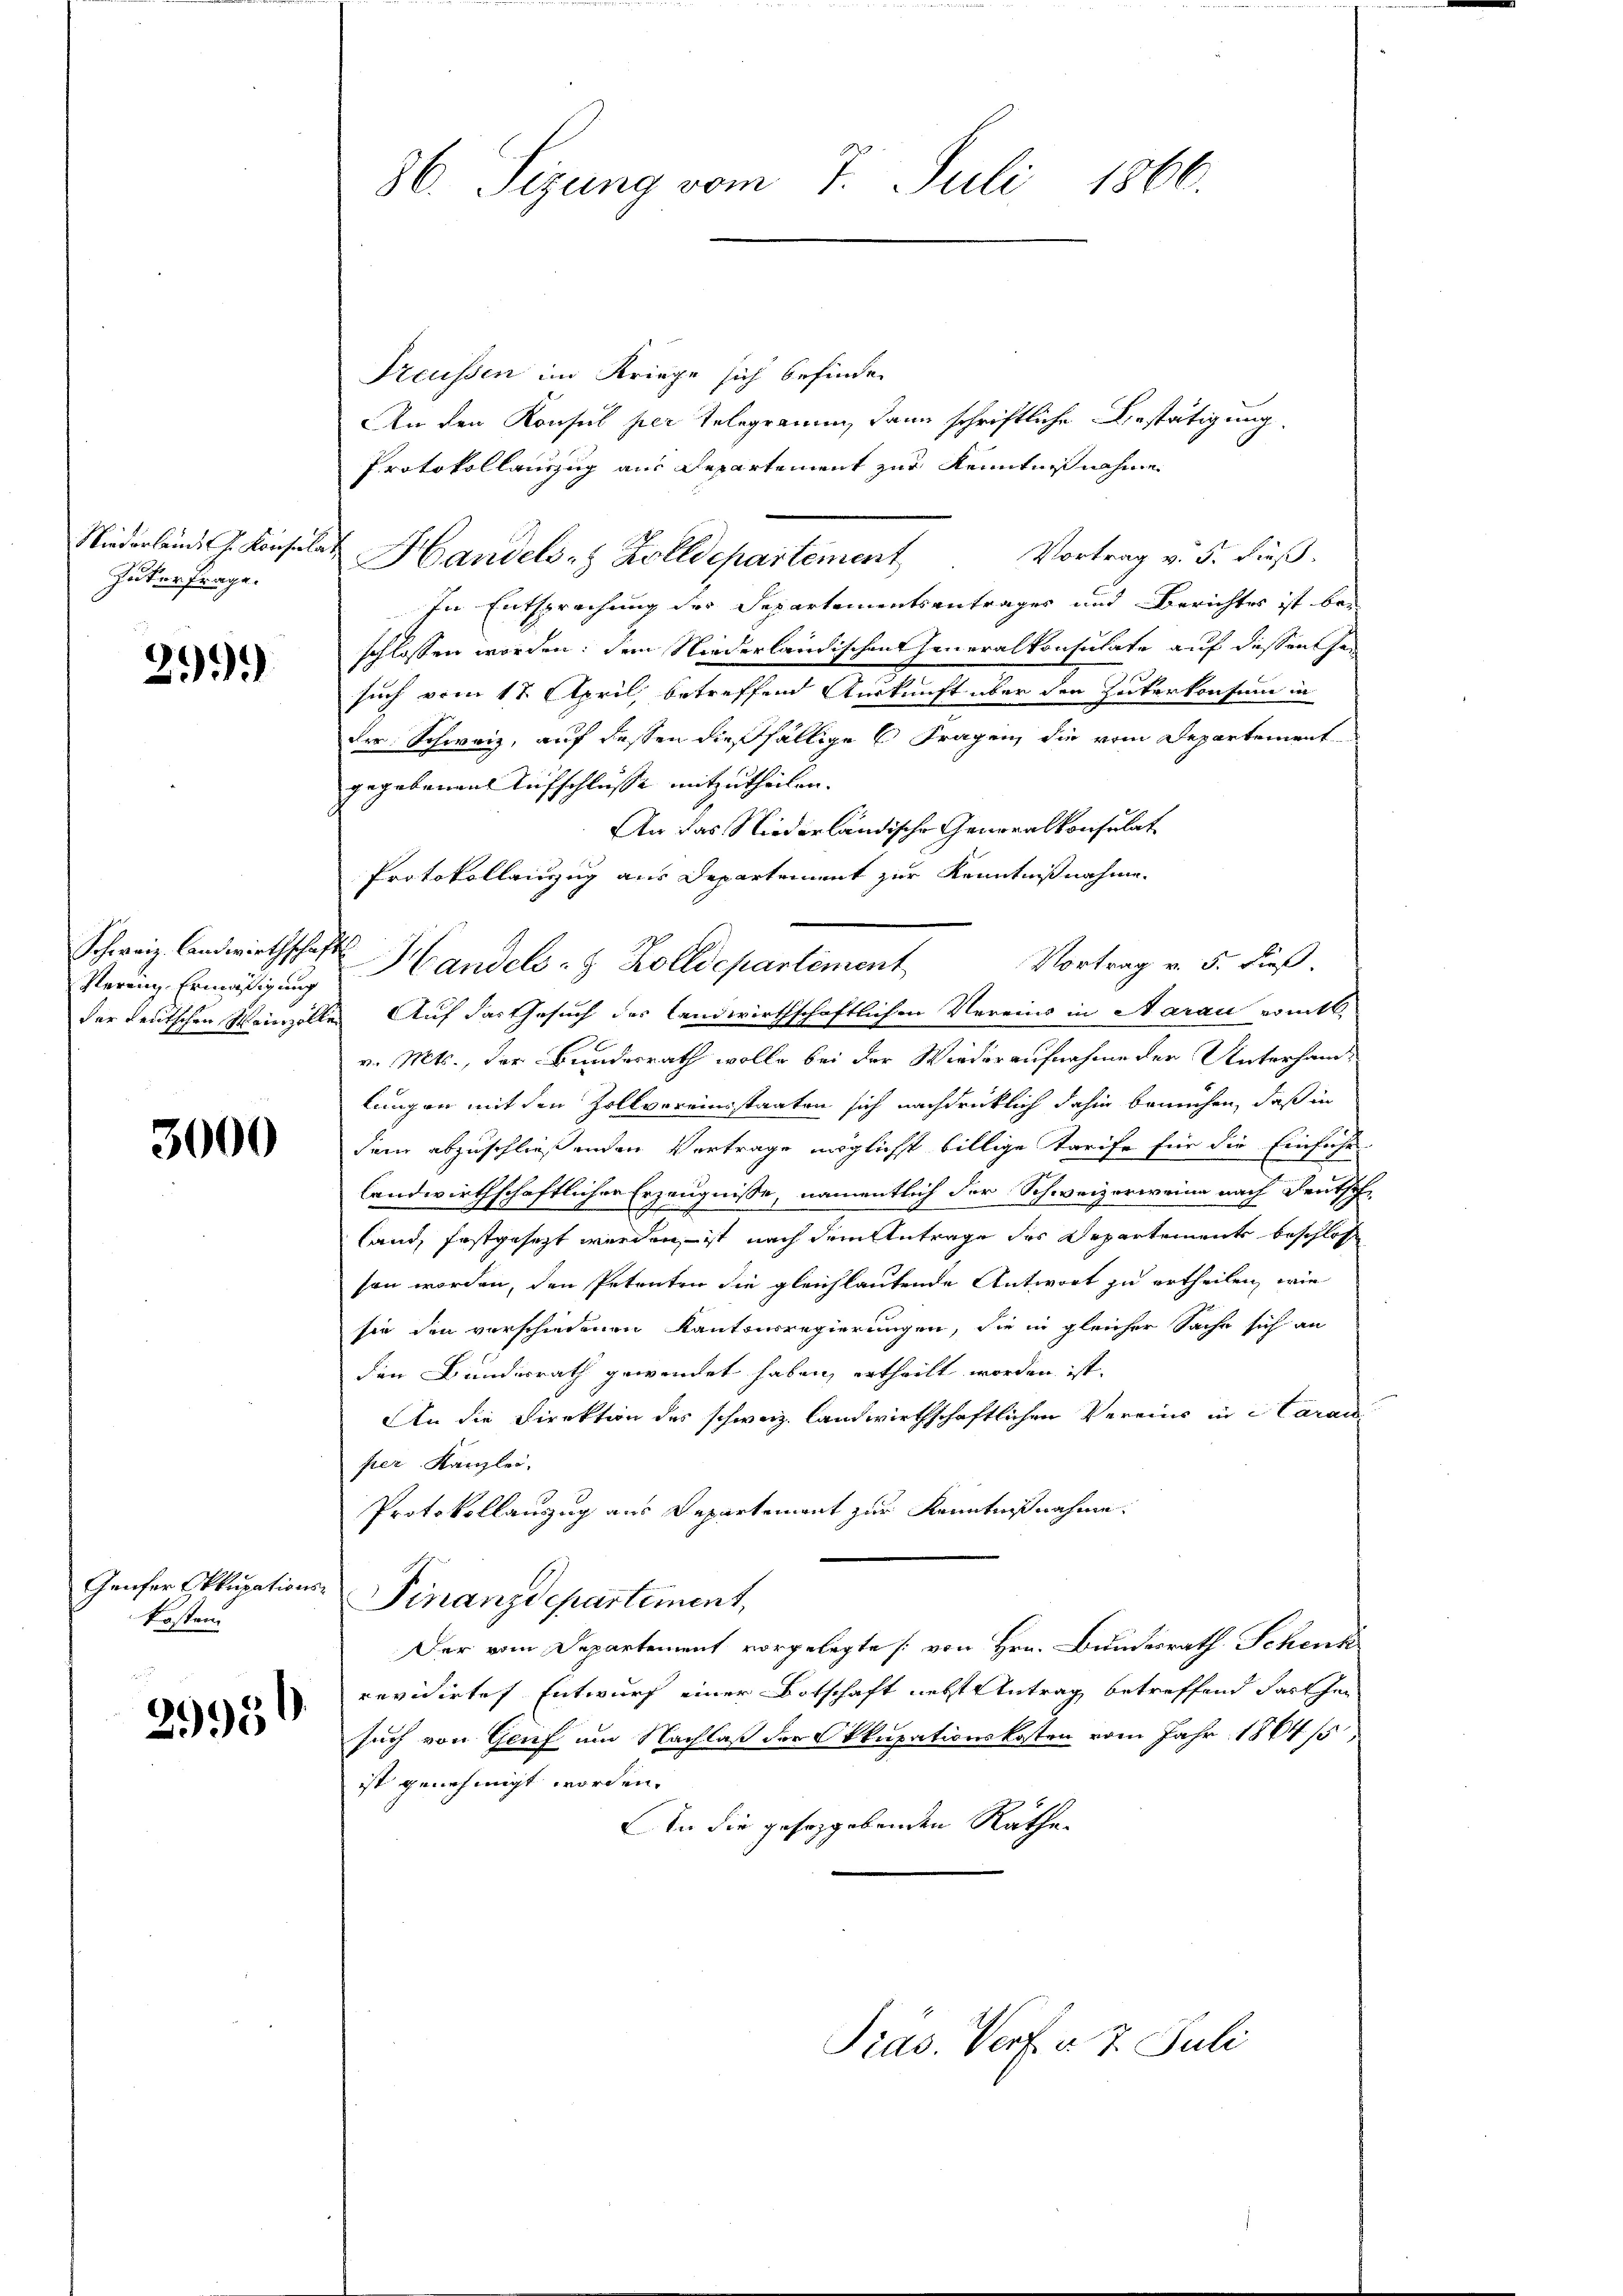
Niederleid. J. Konsula
Inter frage.

299)

Schweiz. Landwirthscha.
Verein Ermäßigung
der deutschen Heinzell

3000

Geufer Okkupations
kosten

2995

86. Sizung vom 7. Juli 1866.

Treussen im Kriege sich befinden
An den Konsul per telegramm, kann schriftliche Bestätigung.
Protokollauszug aus Departement zur Kenntnißnahme
Vortrag v. 5. dieß.
Handels- & Zolldepartement
In Entsprachung des Departementsantrages und Berichtes ist bei
schlossen worden; dem Niederländischen Generalkonsulate auf dessen Gesuch vom 17. April, betreffend Auskunft über den Zeiterkonsum in
der Schweiz, auf dessen dießfällige Fragen, die vom Departement
gegebenen Aufschlüsse mitzutheilen.
An das Niederländische Generalkonsulat
Protokollinzug aus Departement zur Kenntnißnahme.
Vortrag v. 5. dieß.
d Handels- & Zolldepartement
te Auf das Gesuch des landwirthschaftlichen Vereins in Aarau vomtt.
v. Mts., der Bundesrath wolle bei der Wiederaufnahme der Unterhandlungen mit den Zollvoreinsstaaten sich nachdrücklich dahin bemühen, daß in
dem abzuschließenden Vertrage möglichst billige Tarife für die Einführ
landwirthschaftlichen Erzeugnisse, namentlich der Schweizerweine nach Deutsch
t
land, festgesezt werden, ist nach dem Antrage des Departements beschlos
son worden, den Petenten die gleichlautende Antwort zu ertheilen, wie
sie den verschiedenen Kantonsregierungen, die in gleicher Sache sich an
den Bundesrath gewendet haben, ertheilt worden ist.
An die Direktion des schweiz. landwirthschaftlichen Vereins in Haranper Kanzlei.
Protokollauszug aus Departement zur Kenntnißnahme.
Finanzdepartement,
Der vom Departement vorgelegte [von Hrn. Bundesrath Schenk
revidirte Entwurf einer Botschaft nebst Antrag betreffend dass her
such von Genf um Nachlaß der Okkupationskosten vom Jahr 1864 /5;
ist genehmigt worden.
An die geseggebenden Räthe

Pras. Verf. v. 7. Juli